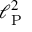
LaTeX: \ell _ { \mathrm { P } } ^ { 2 }